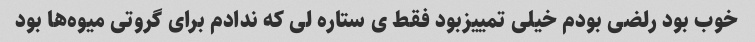
خوب بود رلضی بودم خیلی تمییزبود فقط ی ستاره لی که ندادم برای گروتی میوه‌ها بود